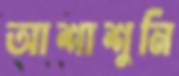
আশাশুনি